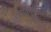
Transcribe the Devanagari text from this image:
लोकसुलभ